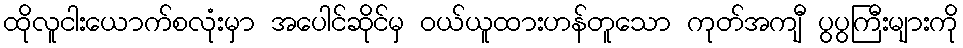
ထိုလူငါးယောက်စလုံးမှာ အပေါင်ဆိုင်မှ ဝယ်ယူထားဟန်တူသော ကုတ်အကျီ ပွပွကြီးများကို